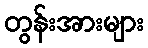
တွန်းအားများ